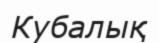
Кубалық